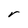
Character: r